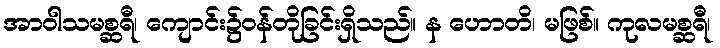
အာဝါသမစ္ဆရီ၊ ကျောင်း၌ဝန်တိုခြင်းရှိသည်။ န ဟောတိ၊ မဖြစ်။ ကုလမစ္ဆရီ၊